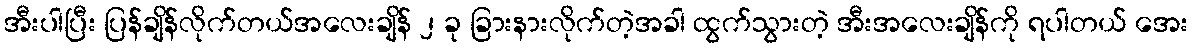
အီးပါပြီး ပြန်ချိန်လိုက်တယ်အလေးချိန် ၂ ခု ခြားနားလိုက်တဲ့အခါ ထွက်သွားတဲ့ အီးအလေးချိန်ကို ရပါတယ် အေး